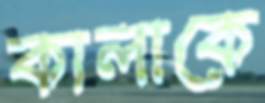
কালাকে